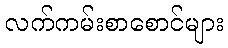
လက်ကမ်းစာစောင်များ